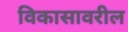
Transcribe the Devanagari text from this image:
विकासावरील